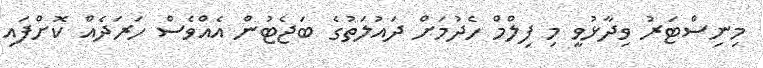
މިނިސްޓަރު ވިދާޅުވީ މި ފިލްމް ހެދުމަށް ދައުލަތުގެ ބަޖެޓުން އެއްވެސް ހަރަދެއް ކޮށްފައި